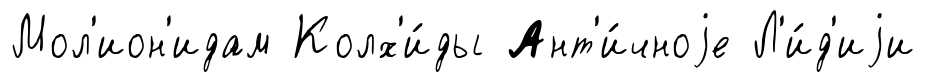
Мол'ион'идам Колх'и́ды Ант'и́чноjе Л'и́д'иjи